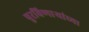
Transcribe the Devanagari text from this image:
पुरविणाऱ्यांच्या